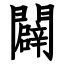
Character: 闢